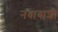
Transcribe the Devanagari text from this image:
नबाबाशी